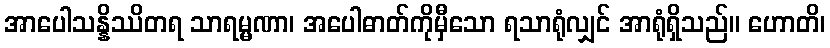
အာပေါသန္နိဿိတရ သာရမ္မဏာ၊ အပေါဓာတ်ကိုမှီသော ရသာရုံလျှင် အာရုံရှိသည်။ ဟောတိ၊